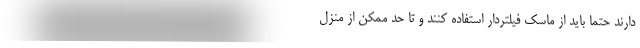
دارند حتماً باید از ماسک فیلتردار استفاده کنند و تا حد ممکن از منزل